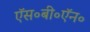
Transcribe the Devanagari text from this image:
ऍस॰बी॰ऍन॰